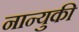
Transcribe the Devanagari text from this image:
नान्युकी